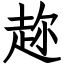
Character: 趂